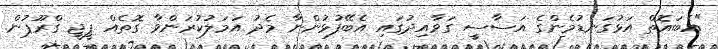
"އެބައޮތް އަޅުގަނޑުމެންގެ އަސާސީ ގަވާއިދުގައި އެބޭފުޅުންނާ މެދު އަމަލުކުރަންވާ ގޮތެއް ޕީޖީ ގްރޫޕުން.